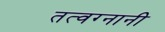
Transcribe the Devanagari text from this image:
तत्वग्नानी